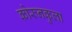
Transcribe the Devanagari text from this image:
कोरुनकुला